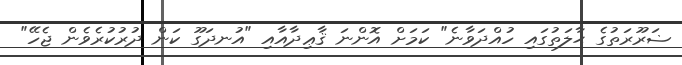
ޟަރޫރަތުގެ ޙާލަތުގައި ހުއްދަވާނެ" ކަމަށް އޮންނަ ޤާޢިދާއާއި "އުނދަގޫ ކަން ދުރުކުރެވެން ޖެހޭ"